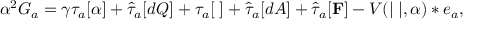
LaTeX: \alpha ^ { 2 } G _ { a } = \gamma \tau _ { a } [ \alpha ] + \hat { \tau } _ { a } [ d Q ] + \tau _ { a } [ { \bf \Phi } ] + \hat { \tau } _ { a } [ d A ] + \hat { \tau } _ { a } [ { \bf F } ] - V ( | { \bf \Phi } | , \alpha ) * e _ { a } ,